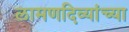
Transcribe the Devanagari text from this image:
लामणदिव्यांच्या